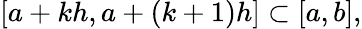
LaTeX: [a+kh,a+(k+1)h]\subset[a,b],